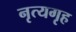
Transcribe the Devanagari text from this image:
नृत्यगृह